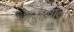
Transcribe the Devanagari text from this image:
अर्बुदवालों